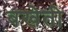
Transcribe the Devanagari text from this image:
बखेती